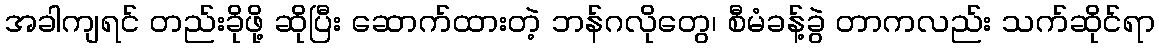
အခါကျရင် တည်းခိုဖို့ ဆိုပြီး ဆောက်ထားတဲ့ ဘန်ဂလိုတွေ၊ စီမံခန့်ခွဲ တာကလည်း သက်ဆိုင်ရာ